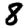
Digit: 8